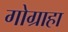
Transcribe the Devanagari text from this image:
गोग्राहा